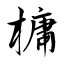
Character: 槦